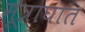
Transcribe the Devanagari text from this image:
मूत्राघात